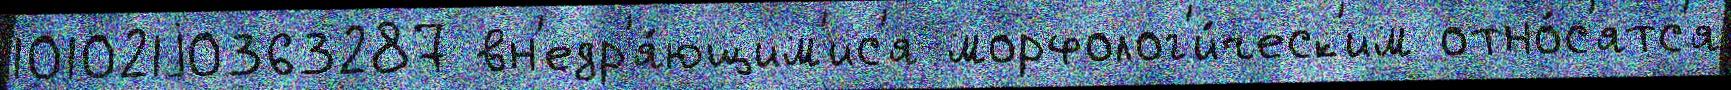
101021j0363287 вн'едр'я́ющим'ис'я морфолог'и́ческ'им отно́с'ятс'я